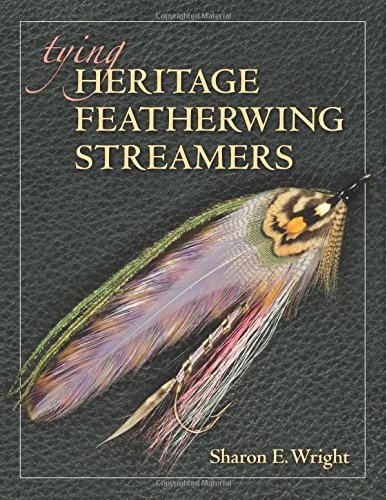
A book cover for Tying Heritage Featherwing Streamers; Sharon E. Wright; Sports & Outdoors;